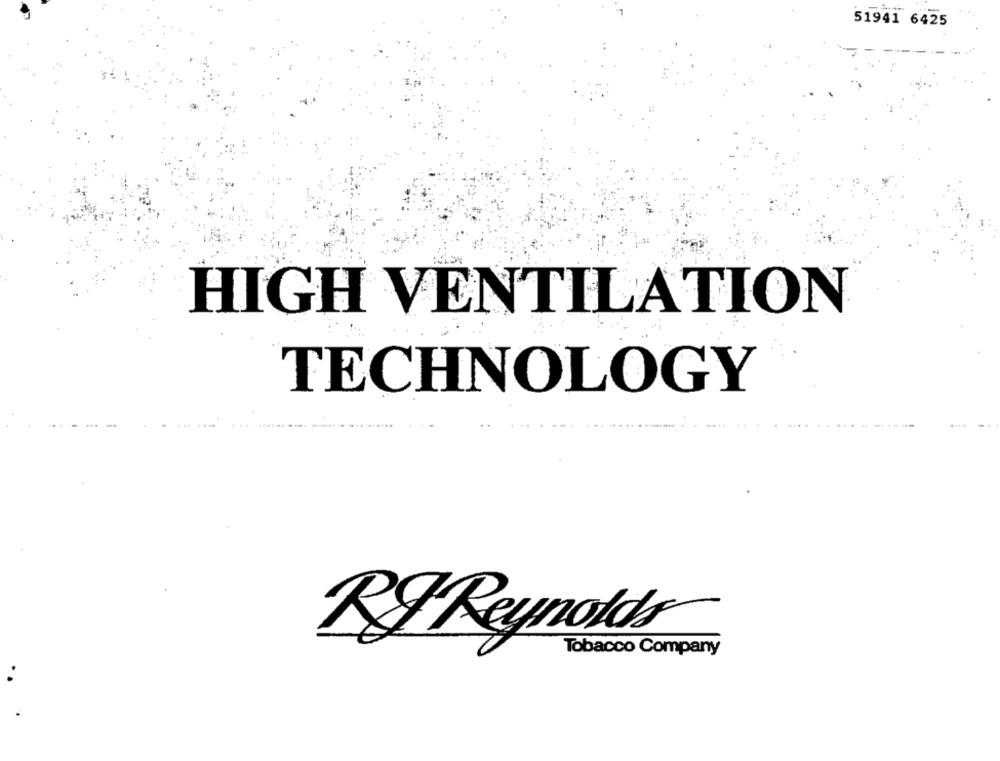
51941 6425
HIGH VENTILATION
TECHNOLOGY
RF Reynolds
Tobacco Company